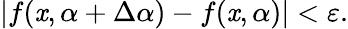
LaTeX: |f(\mathit{x},\alpha+\Delta\alpha)-f(\mathit{x},\alpha)|<\varepsilon.